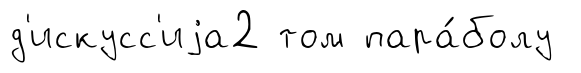
д'искусс'иjа2 том пара́болу